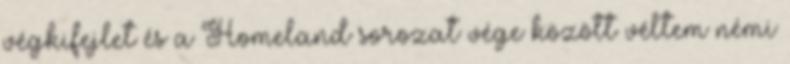
végkifejlet és a Homeland sorozat vége között véltem némi